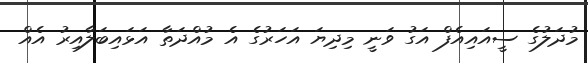
މުދަލުގެ ސީއައިއެފް އަގު ވަނީ މިދިޔަ އަހަރުގެ އެ މުއްދަތާ އަޅައިބަލާއިރު އެއް